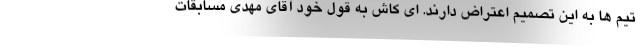
تیم ها به این تصمیم اعتراض دارند. ای کاش به قول خود آقای مهدی مسابقات